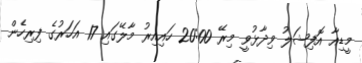
މީޑިއާ އޮފިޝަލު ވިދާޅުވީ މިރޭ 20:00 ހައިއިރު މާލޭގައި 17 އަހަރުގެ ފިރިހެން